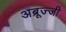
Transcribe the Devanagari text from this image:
अब्रूज्जी